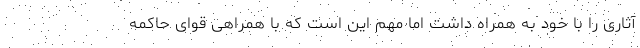
آثاری را با خود به همراه داشت اما مهم این است که با همراهی قوای حاکمه